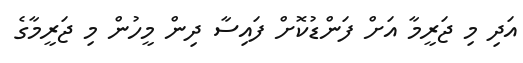
އަދި މި ޖަރީމާ އަށް ފަންޑުކޮށް ފައިސާ ދިން މީހުން މި ޖަރީމާގެ